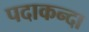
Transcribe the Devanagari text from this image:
पदाकन्दा